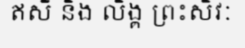
ឥសី និង លិង្គ ព្រះសិវៈ